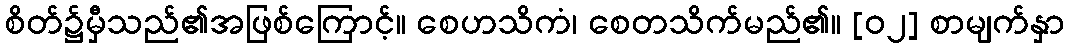
စိတ်၌မှီသည်၏အဖြစ်ကြောင့်။ စေဟသိကံ၊ စေတသိက်မည်၏။ [၀၂] စာမျက်နှာ